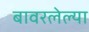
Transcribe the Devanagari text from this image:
बावरलेल्या